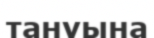
тануына